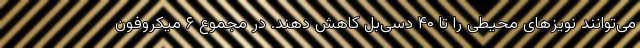
می‌توانند نویزهای محیطی را تا ۴۰ دسی‌بل کاهش دهند. در مجموع ۶ میکروفون